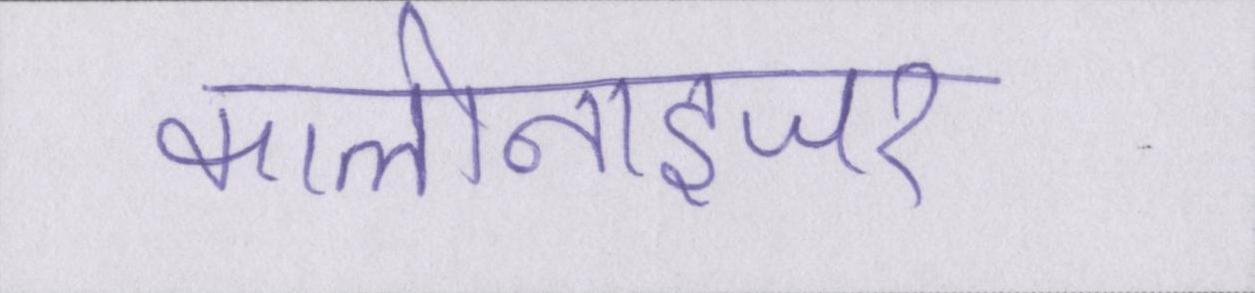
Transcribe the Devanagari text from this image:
कालोनाइजर